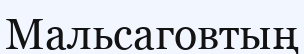
Мальсаговтың